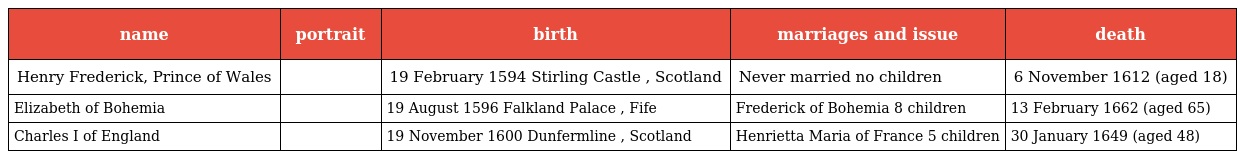
| name | portrait | birth | marriages and issue | death |
 | --- | --- | --- | --- | --- |
 | Henry Frederick, Prince of Wales |  | 19 February 1594 Stirling Castle , Scotland | Never married no children | 6 November 1612 (aged 18) |
 | Elizabeth of Bohemia |  | 19 August 1596 Falkland Palace , Fife | Frederick of Bohemia 8 children | 13 February 1662 (aged 65) |
 | Charles I of England |  | 19 November 1600 Dunfermline , Scotland | Henrietta Maria of France 5 children | 30 January 1649 (aged 48) |